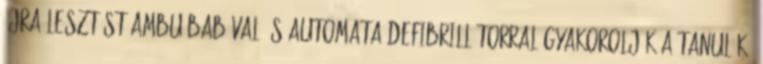
újraélesztést ambu babával és automata defibrillátorral gyakorolják a tanulók.